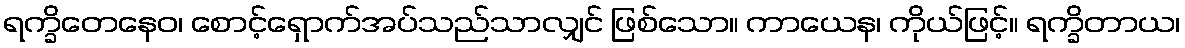
ရက္ခိတေနေဝ၊ စောင့်ရှောက်အပ်သည်သာလျှင် ဖြစ်သော။ ကာယေန၊ ကိုယ်ဖြင့်။ ရက္ခိတာယ၊